DOW-UAP-D49, Launch Summary, Vandenberg AFB, 2000
Agency: Department of War
Incident date: 2/3/00
Page 12
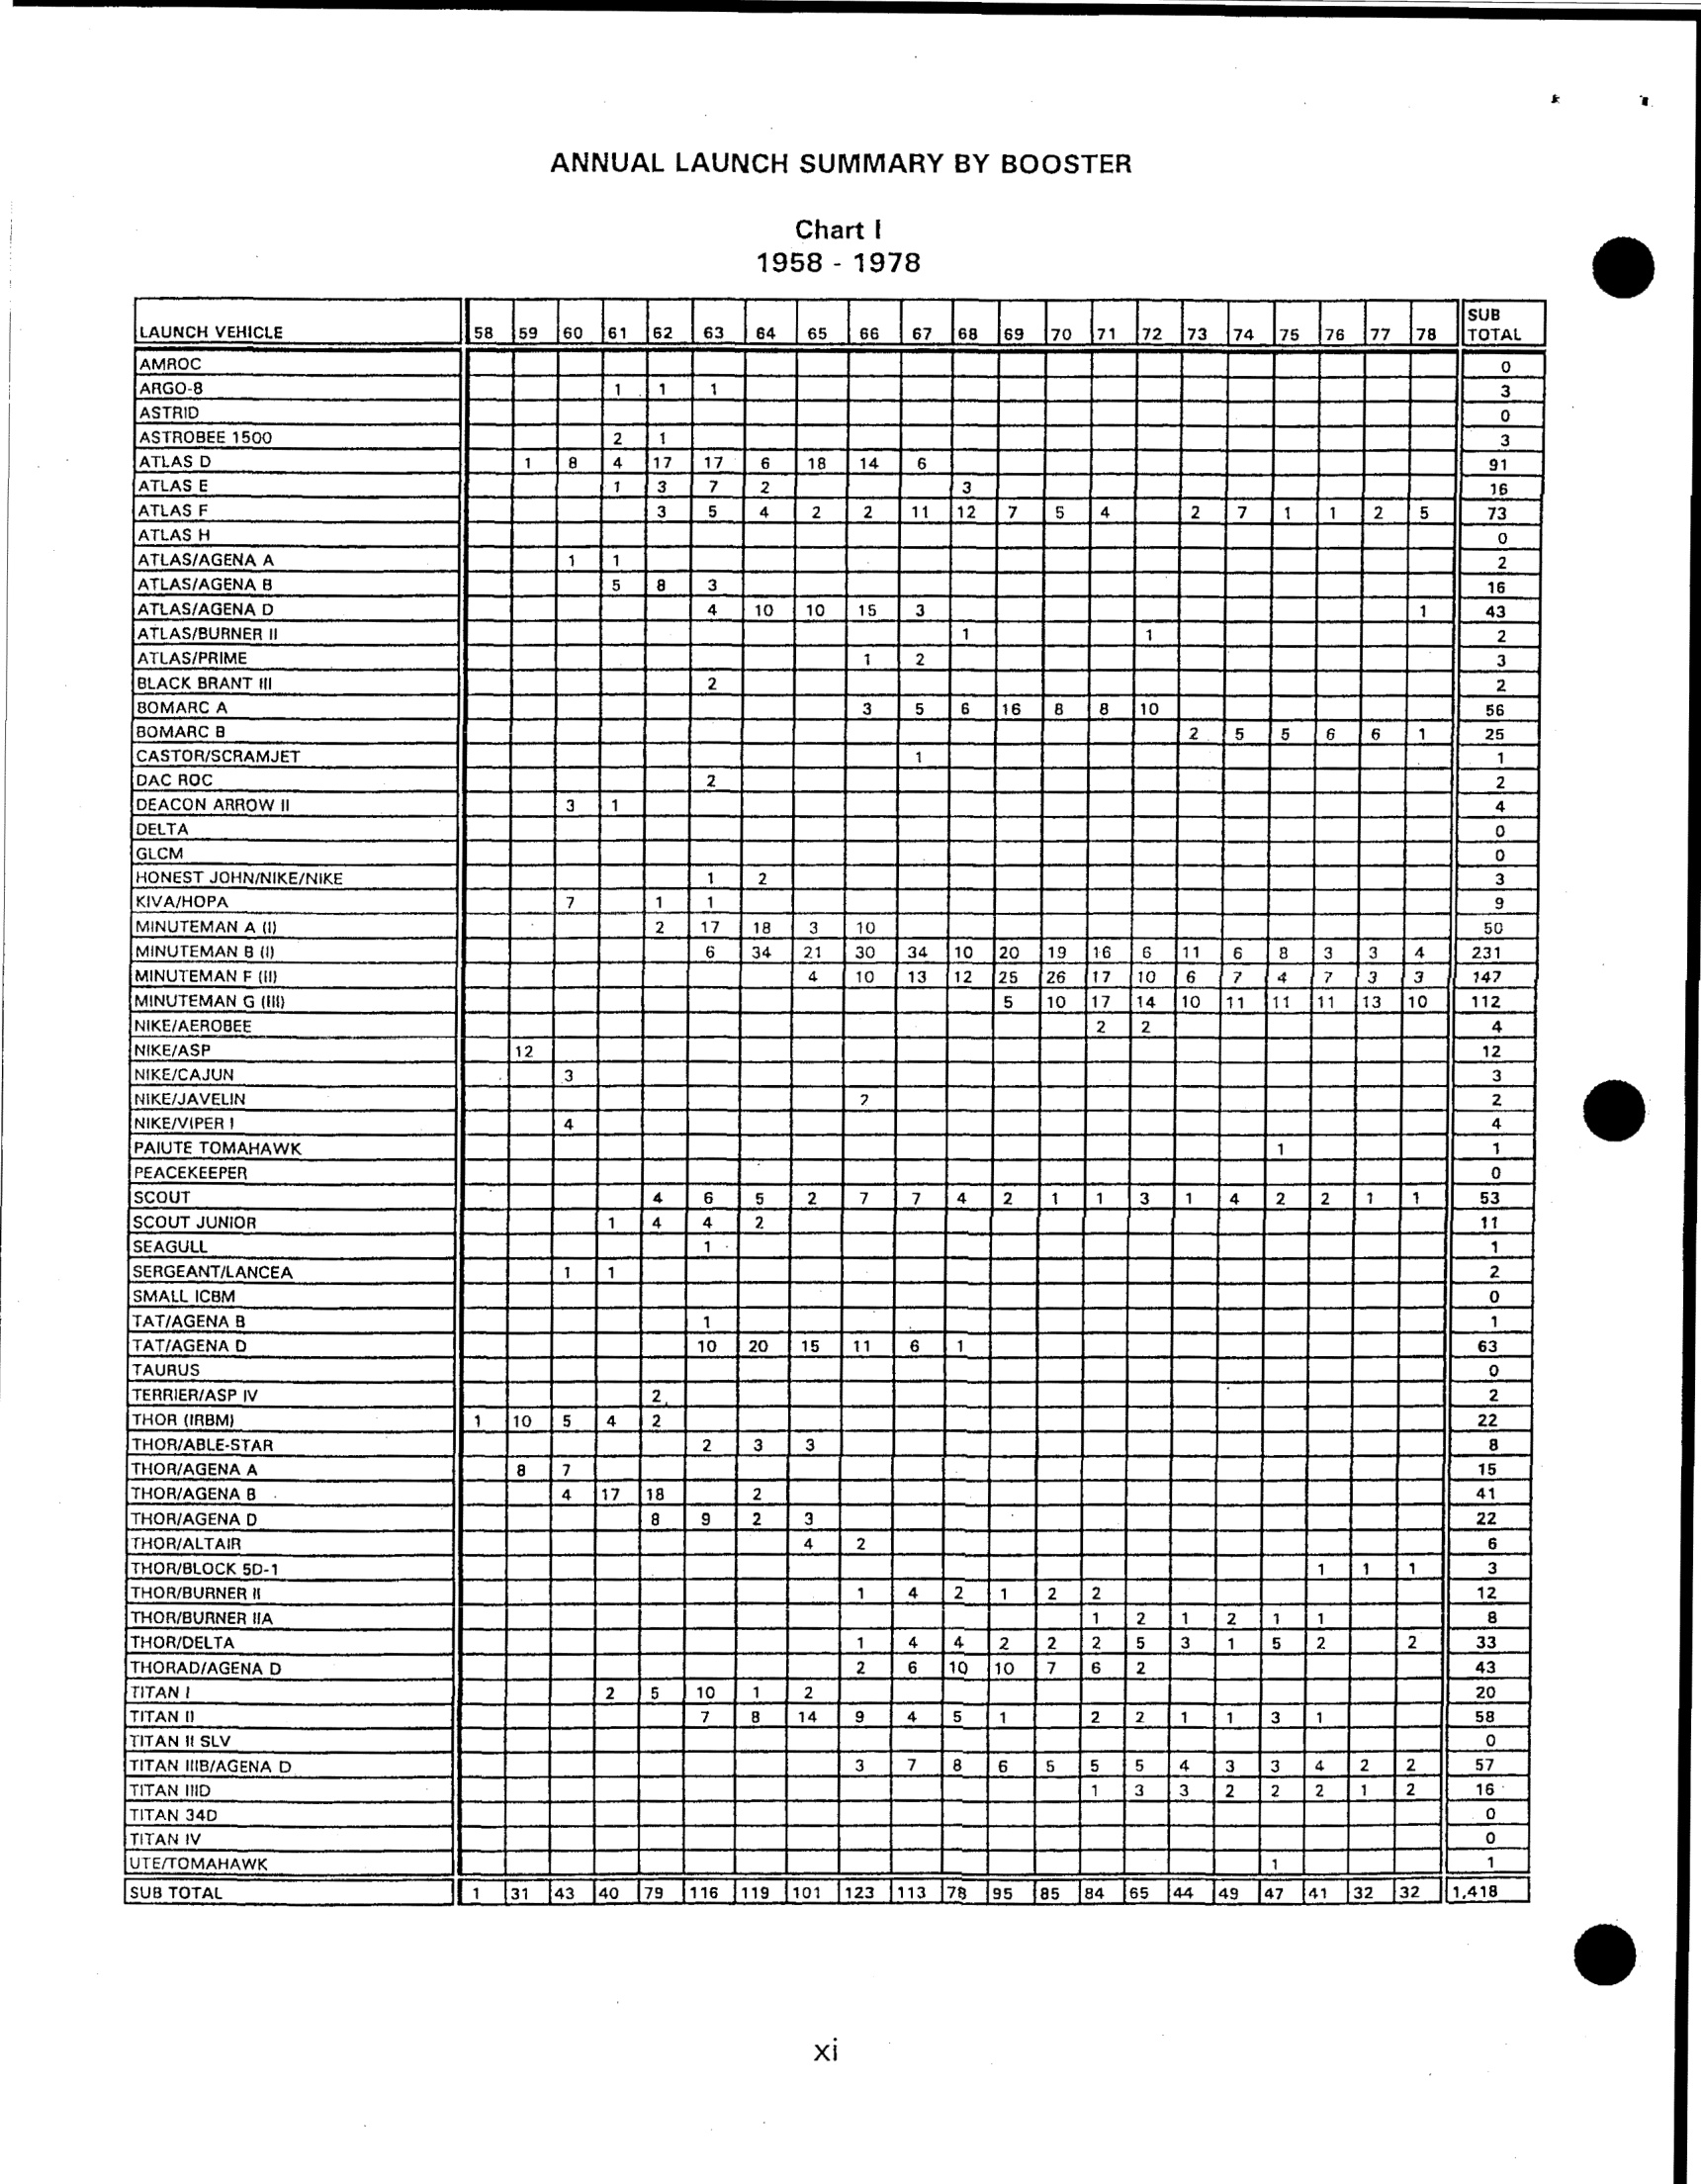